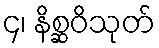
၄၊ နိစ္ဆဝိသုတ်